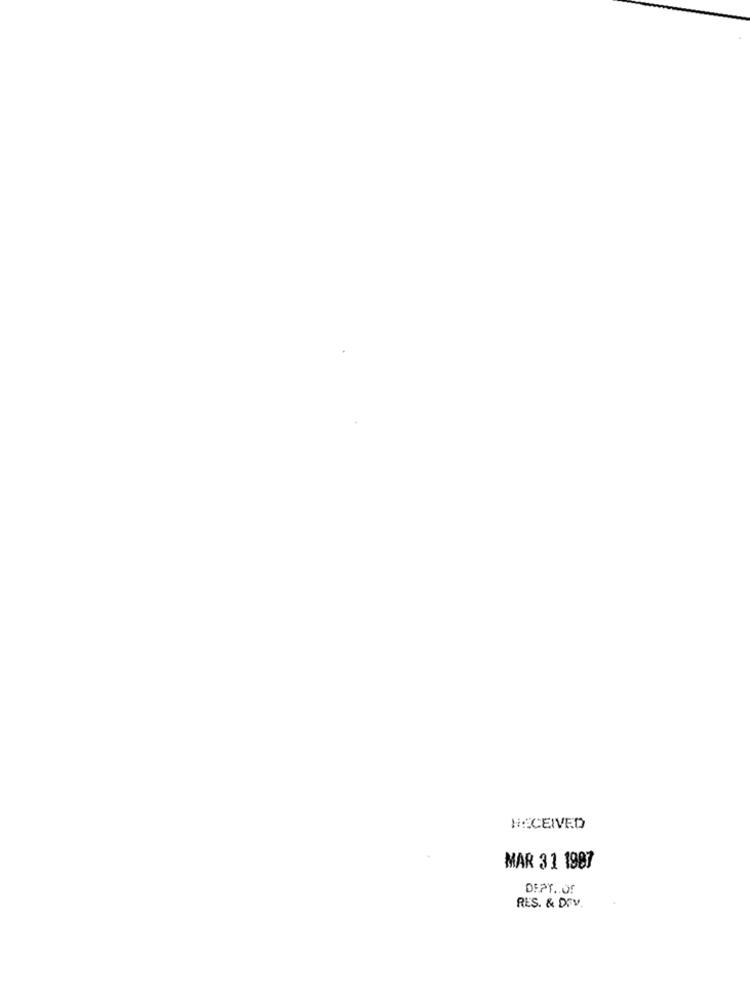
Ho CEIVED
MAR 31 1907
DEPT .. OF
RES. & DEV.